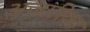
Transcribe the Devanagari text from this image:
अजारिका